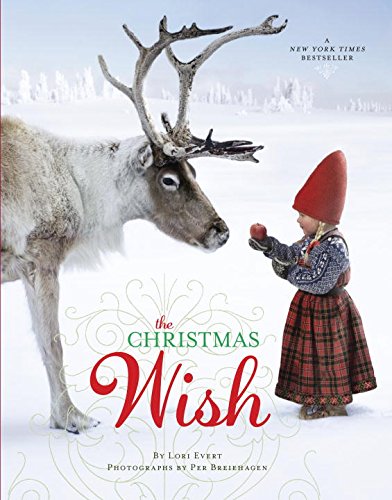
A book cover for The Christmas Wish; Lori Evert; Children's Books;